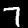
Label: 7